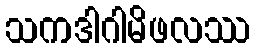
သကဒါဂါမိဖလဿ